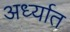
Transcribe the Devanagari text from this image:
अर्ध्यात